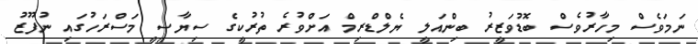
ނަމަވެސް މިހާރުވެސް ބޮޑުވަޒީރު ބިންއަލީ ޔެލްޑްރިމް އަށްވުރެ ތުރުކީގެ ސިޔާސީ މަސްރަހުގައި ނުފޫޒު